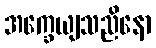
အက္ခေယျသညိနော